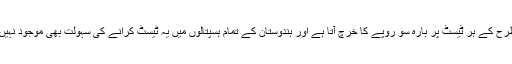
اس طرح کے ہر ٹیسٹ پر بارہ سو روپے کا خرچ آتا ہے اور ہندوستان کے تمام ہسپتالوں میں یہ ٹیسٹ کرانے کی سہولت بھی موجود نہیں ہے۔